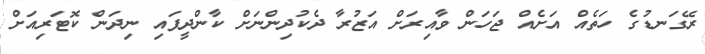
ރޭގަނޑުގެ ހަތެއް އަށެއް ޖަހަން ވާއިރަށް އަޒުރާ ދެކުދިންނަށް ކާންދީފައި ނިދަން ކޮޓަރިއަށް